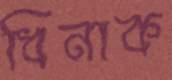
ধিনাক